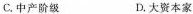
C.中产阶级 D.大资本家